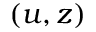
( u , z )